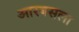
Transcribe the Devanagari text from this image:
आरबसला